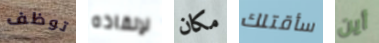
توظف لإنقاذه مكان سأقتلك أين